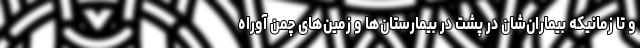
و تا زمانیکه بیماران‌شان در پشت در بیمارستان‌ها و زمین‌های چمن آوراه